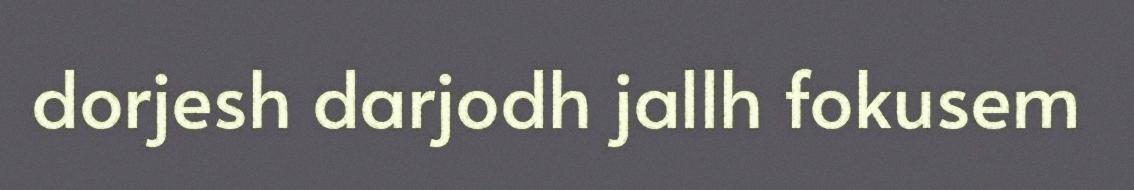
dorjesh darjodh jallh fokusem